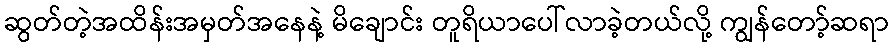
ဆွတ်တဲ့အထိန်းအမှတ်အနေနဲ့ မိချောင်း တူရိယာပေါ်လာခဲ့တယ်လို့ ကျွန်တော့်ဆရာ